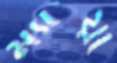
ম্যায়া